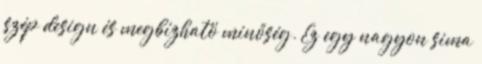
szép design és megbízható minőség. Ez egy nagyon sima